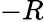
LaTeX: -R